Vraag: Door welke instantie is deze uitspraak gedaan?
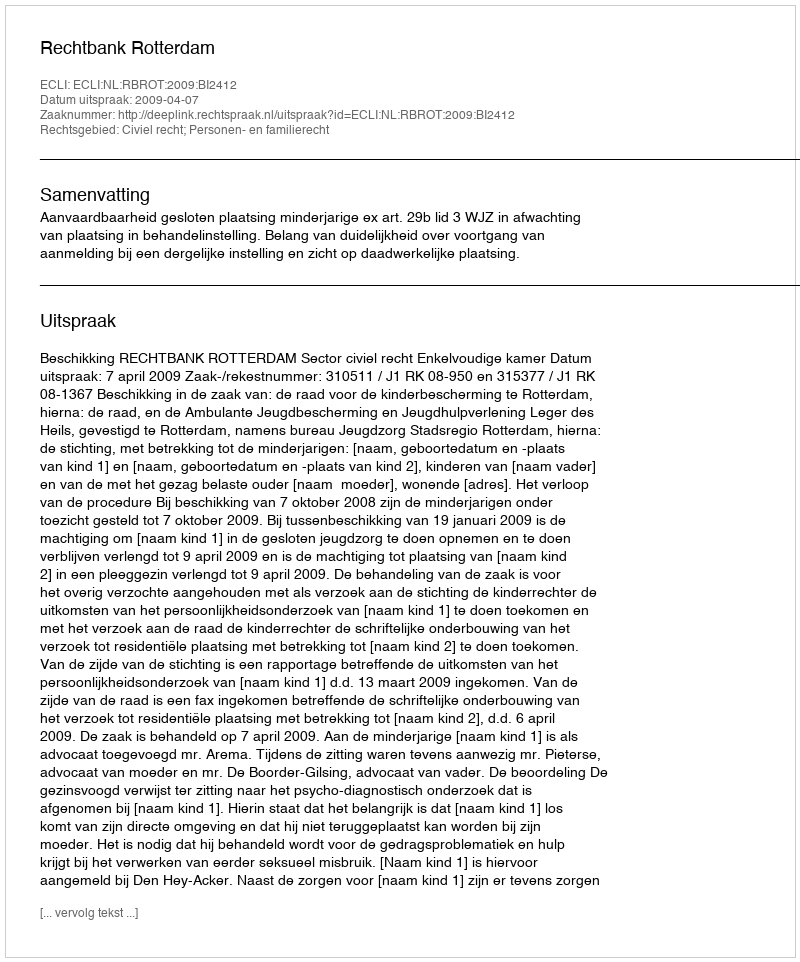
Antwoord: Rechtbank Rotterdam